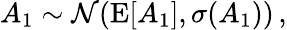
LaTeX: A_{1}\sim{\cal\mathcal{N}}(\mathrm{{E}}[A_{1}],\sigma(A_{1}))\, ,